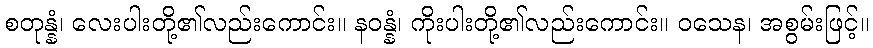
စတုန္နံ၊ လေးပါးတို့၏လည်းကောင်း။ နဝန္နံ၊ ကိုးပါးတို့၏လည်းကောင်း။ ဝသေန၊ အစွမ်းဖြင့်။